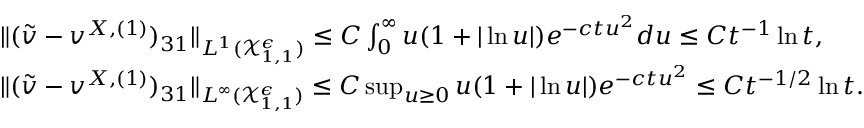
\begin{array} { r l } & { \| ( \tilde { v } - v ^ { X , ( 1 ) } ) _ { 3 1 } \| _ { L ^ { 1 } ( \mathcal { X } _ { 1 , 1 } ^ { \epsilon } ) } \leq C \int _ { 0 } ^ { \infty } u ( 1 + | \ln u | ) e ^ { - c t u ^ { 2 } } d u \leq C t ^ { - 1 } \ln t , } \\ & { \| ( \tilde { v } - v ^ { X , ( 1 ) } ) _ { 3 1 } \| _ { L ^ { \infty } ( \mathcal { X } _ { 1 , 1 } ^ { \epsilon } ) } \leq C \operatorname* { s u p } _ { u \geq 0 } u ( 1 + | \ln u | ) e ^ { - c t u ^ { 2 } } \leq C t ^ { - 1 / 2 } \ln t . } \end{array}